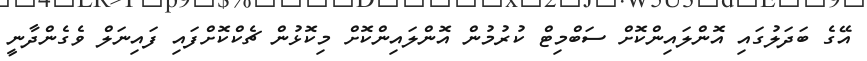
އޭގެ ބަދަލުގައި އޮންލައިންކޮށް ސަބްމިޓް ކުރުމުން އޮންލައިންކޮށް މިކޮޅުން ޗެކްކޮށްފައި ފައިނަލް ވެގެންދާނީ